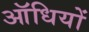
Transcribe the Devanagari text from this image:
ऑधियों